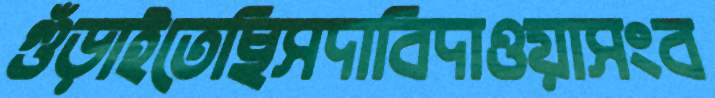
গুঁড়াইতেছিসদাবিদাওয়াসংব